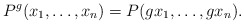
\begin{align*}P^g(x_1, \ldots, x_n)=P(gx_1, \ldots, gx_n).\end{align*}